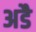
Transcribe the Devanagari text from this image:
अडै